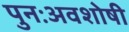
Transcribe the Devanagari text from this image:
पुनःअवशोषी